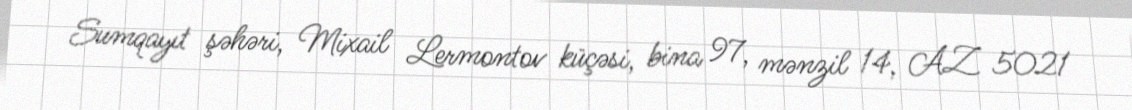
Sumqayıt şəhəri, Mixail Lermontov küçəsi, bina 97, mənzil 14, AZ 5021